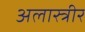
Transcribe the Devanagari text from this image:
अलास्त्रीर